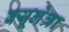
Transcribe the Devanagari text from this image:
क्यूनेत्रा